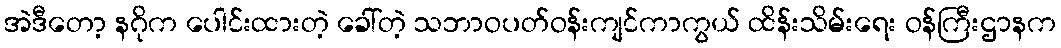
အဲဒီတော့ နဂိုက ပေါင်းထားတဲ့ ခေါ်တဲ့ သဘာဝပတ်ဝန်းကျင်ကာကွယ် ထိန်းသိမ်းရေး ဝန်ကြီးဌာနက